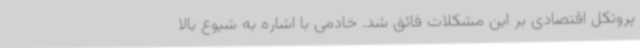
پروتکل اقتصادی بر این مشکلات فائق شد. خادمی با اشاره به شیوع بالا